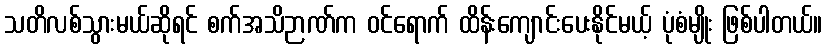
သတိလစ်သွားမယ်ဆိုရင် စက်အသိဉာဏ်က ဝင်ရောက် ထိန်းကျောင်းပေးနိုင်မယ့် ပုံစံမျိုး ဖြစ်ပါတယ်။